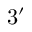
3 ^ { \prime }